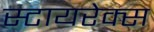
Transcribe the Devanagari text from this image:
स्टायरेक्स